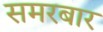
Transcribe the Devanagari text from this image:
समरबार